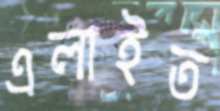
এলাইত